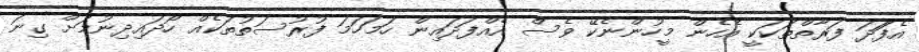
އެފަަދަ ފަރާތްތަކަކީ އެހެން މީހުންނެކޭ ވެސް އެއްފަދައިން ހަމަހަމަ ފުރުސަތުތަކެއް ހޯދައިދިނުމަަށް ގިނަ